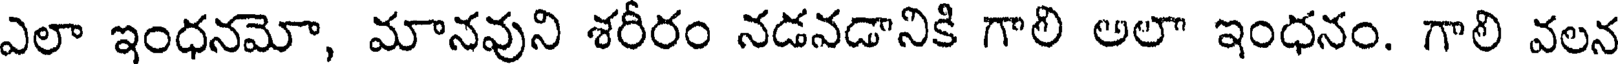
ఎలా ఇంధనమో, మానవుని శరీరం నడవడానికి గాలి అలా ఇంధనం. గాలి వలన